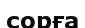
сорға